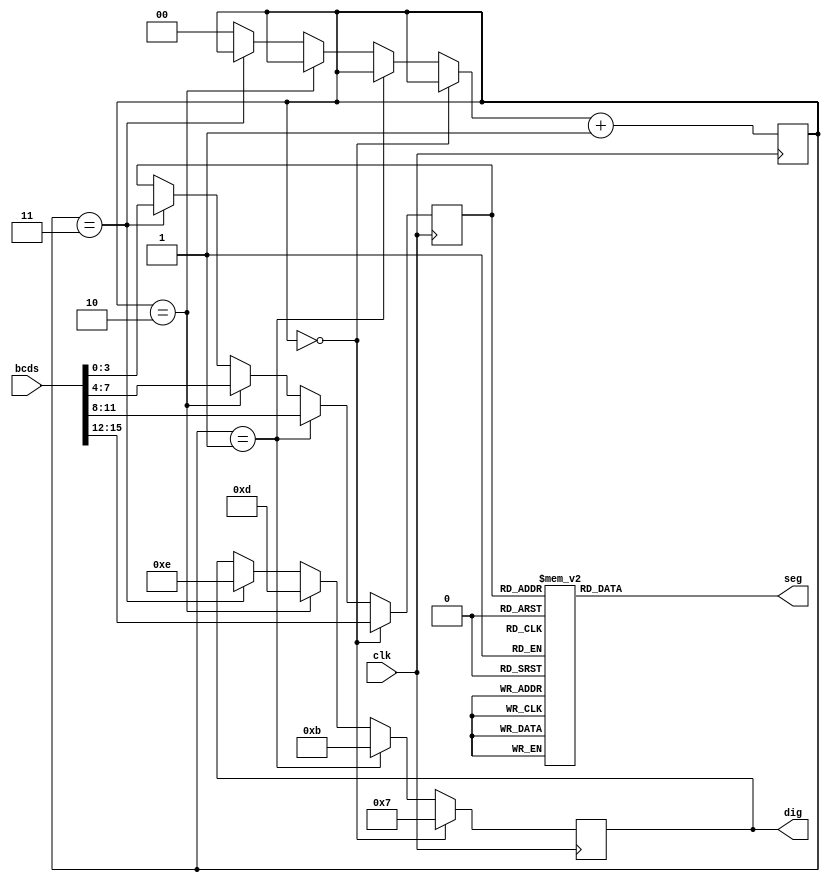
`timescale 1ns / 1ps
//////////////////////////////////////////////////////////////////////////////////
// Company: 
// Engineer: 
// 
// Design Name: 
// Module Name:    display_ct 
// Project Name: 
// Target Devices: 
// Tool versions: 
// Description: 
//
// Dependencies: 
//
// Revision: 
// Revision 0.01 - File Created
// Additional Comments: 
//
//////////////////////////////////////////////////////////////////////////////////
module display_ct(clk, bcds, dig, seg);
	input clk;
	input [15:0] bcds;
	output reg [0:3] dig;
	output reg [0:14] seg;	// abcd efg1g2 hjklmnp
	parameter BCD0 = 15'b0000_0011_1100111,
	BCD1 = 15'b1001_1111_1111111,
	BCD2 = 15'b0010_0100_1111111,
	BCD3 = 15'b0000_1100_1111111,
 	BCD4 = 15'b1001_1000_1111111,
	BCD5 = 15'b0100_1000_1111111,
	BCD6 = 15'b0100_0000_1111111,
	BCD7 = 15'b0001_1111_1111111,
	BCD8 = 15'b0000_0000_1111111,
	BCD9 = 15'b0000_1000_1111111,
	BCDA = 15'b0001_0000_1111111,
	BCDB = 15'b0000_1110_1011011,
	BCDC = 15'b0110_0011_1111111,
	BCDD = 15'b0000_1111_1011011,
	BCDE = 15'b0110_0000_1111111,
	BCDF = 15'b0111_0000_1111111,	
	DARK = 15'b1111_1111_1111111;
	
	reg[0:1] tmp;
	reg[3:0] play;
	
	always@(posedge clk) begin
		if(tmp == 2'b00)
			begin 
				dig = 4'b0111;
				play = bcds[15:12];
			end
		else if(tmp == 2'b01)
			begin 
				dig = 4'b1011;
				play = bcds[11:8];
			end
		else if(tmp == 2'b10)
			begin 
				dig = 4'b1101;
				play = bcds[7:4];
			end
		else if(tmp == 2'b11)
			begin 
				dig = 4'b1110;
				play = bcds[3:0];
			end
		else tmp = 2'b00 ;
		
		tmp = tmp + 1'b1;
	end
	
	always@(play) begin
		case(play)
			4'b0000: seg = BCD0;
			4'b0001: seg = BCD1;
			4'b0010: seg = BCD2;
			4'b0011: seg = BCD3;
			4'b0100: seg = BCD4;
			4'b0101: seg = BCD5;
			4'b0110: seg = BCD6;
			4'b0111: seg = BCD7;
			4'b1000: seg = BCD8;
			4'b1001: seg = BCD9;
			4'b1010: seg = BCDA;
			4'b1011: seg = BCDB;
			4'b1100: seg = BCDC;
			4'b1101: seg = BCDD;
			4'b1110: seg = BCDE;
			4'b1111: seg = BCDF;
			default: seg = DARK;
		endcase
	end

endmodule